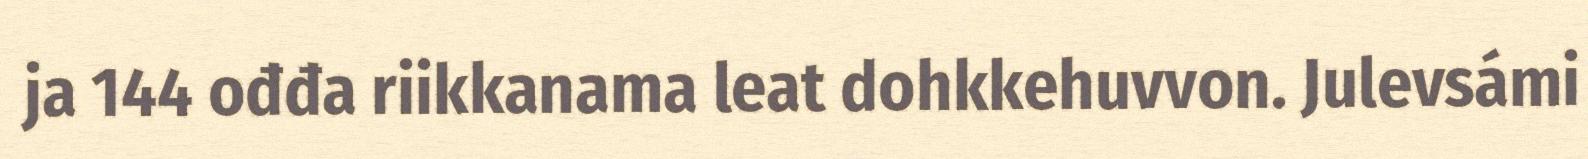
ja 144 ođđa riikkanama leat dohkkehuvvon. Julevsámi